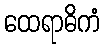
ထေရာဓိကံ